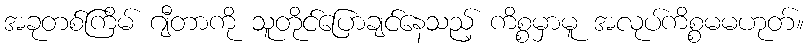
အခုတစ်ကြိမ် ဂျီတာကို သူတိုင်ပြောချင်နေသည့် ကိစ္စမှာမူ အလုပ်ကိစ္စမမဟုတ်။